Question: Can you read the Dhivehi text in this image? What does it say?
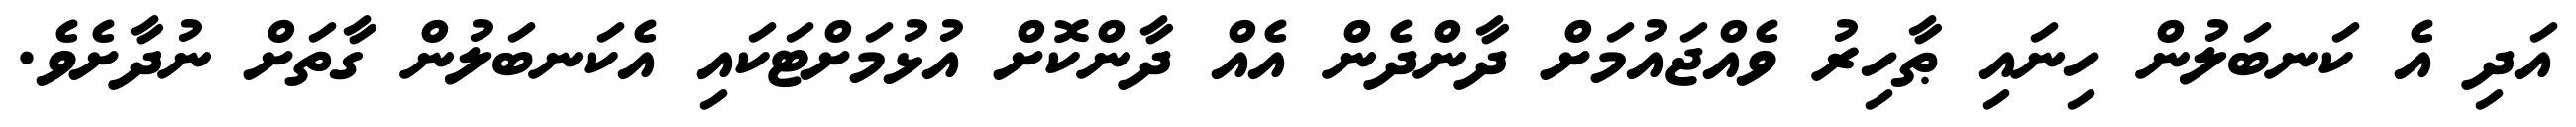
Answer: އަދި އެ ކަނބަލުން ހިނައި ޠާހިރު ވެއްޖައުމަށް ދާންދެން އެއް ދާންކޮށް އުޅުމަށްޓަކައި އެކަނބަލުން ގާތަށް ނުދާށެވެ.